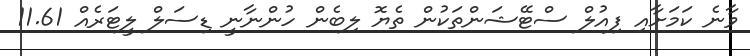
ވާނެ ކަމަށާއި ފިއުލް ސްޓޭޝަންތަކުން ތެޔޮ ލިބެން ހުންނާނީ ޑިސަލް ލީޓަރެއް 11.61